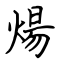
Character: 煬